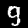
Digit: 9